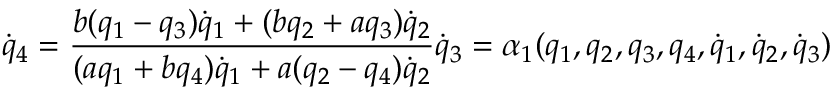
{ \dot { q } } _ { 4 } = \frac { b ( q _ { 1 } - q _ { 3 } ) { \dot { q } } _ { 1 } + ( b q _ { 2 } + a q _ { 3 } ) { \dot { q } } _ { 2 } } { ( a q _ { 1 } + b q _ { 4 } ) { \dot { q } } _ { 1 } + a ( q _ { 2 } - q _ { 4 } ) { \dot { q } } _ { 2 } } { \dot { q } } _ { 3 } = \alpha _ { 1 } ( q _ { 1 } , q _ { 2 } , q _ { 3 } , q _ { 4 } , { \dot { q } } _ { 1 } , { \dot { q } } _ { 2 } , { \dot { q } } _ { 3 } )